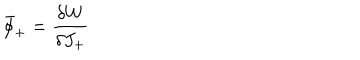
\bar { \phi } _ { + } = \frac { \delta W } { \delta J _ { + } }